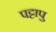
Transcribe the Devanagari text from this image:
पट्टापु